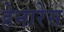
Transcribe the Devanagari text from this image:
हेनारेस